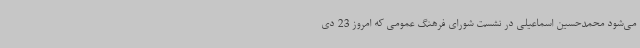
می‌شود محمدحسین اسماعیلی در نشست شورای فرهنگ عمومی که امروز 23 دی